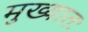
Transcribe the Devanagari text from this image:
मुख्यातः